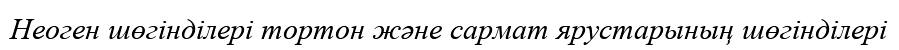
Неоген шөгінділері тортон және сармат ярустарының шөгінділері